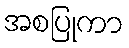
အစပြုကာ